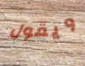
ويقول